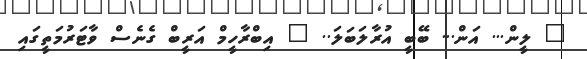
" ލީން... އަން... ބޭބީ އުރާލަބަލަ.. " އިބްރާހީމް އަރީބް ގެނެސް ވާޓަރުމަތީގައި